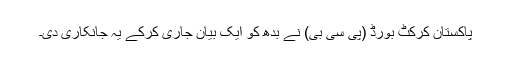
پاکستان کرکٹ بورڈ (پی سی بی) نے بدھ کو ایک بیان جاری کرکے یہ جانکاری دی۔